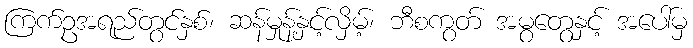
ကြက်ဥအရည်တွင်နှစ်၊ ဆန်မှုန့်နှင့်လှိမ့်၊ ဘီစကွတ် အမွတွေနှင့် အပေါ်မှ